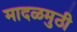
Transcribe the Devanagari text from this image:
मादळमुठी